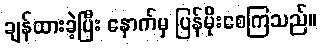
ချန်ထားခဲ့ပြီး နောက်မှ ပြန်မိုးစေကြသည်။